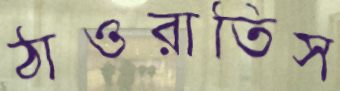
ঠাওরাতিস